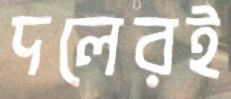
দলেরই